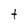
Character: t